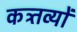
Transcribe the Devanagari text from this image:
कत्र्तव्यों